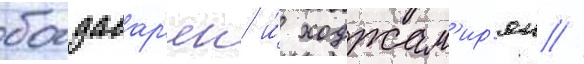
богдасар'ян и́ ходжам'ир'ян //